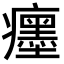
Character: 癦